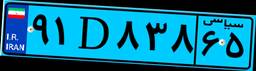
۹۱D۸۳۸۶۵